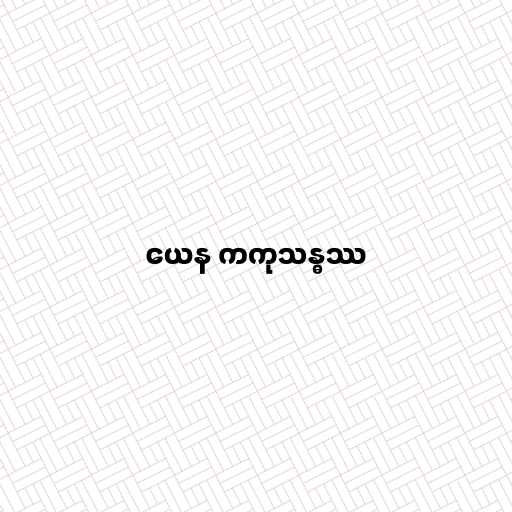
ယေန ကကုသန္ဓဿ